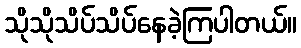
သိုသိုသိပ်သိပ်နေခဲ့ကြပါတယ်။